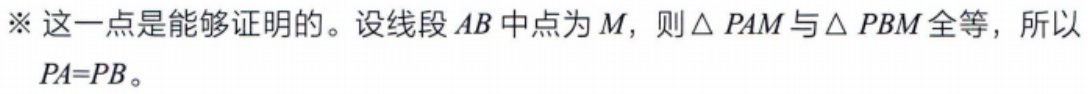
※ 这一点是能够证明的。设线段 \(AB\) 中点为 \(M\)，则 \(\triangle PAM\) 与 \(\triangle PBM\) 全等，所以 \(PA = PB\)。